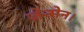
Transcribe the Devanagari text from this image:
जेन्सेन।